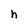
Character: h